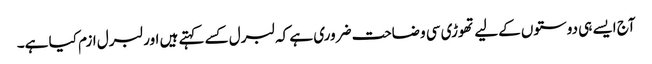
آج ایسے ہی دوستوں کےلیے تھوڑی سی وضاحت ضروری ہے کہ لبرل کسے کہتے ہیں اور لبرل ازم کیا ہے۔